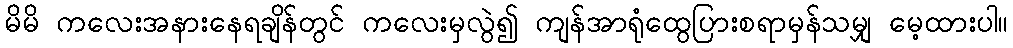
မိမိ ကလေးအနားနေရချိန်တွင် ကလေးမှလွဲ၍ ကျန်အာရုံထွေပြားစရာမှန်သမျှ မေ့ထားပါ။